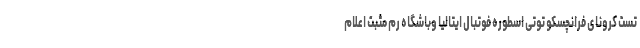
تست کرونای فرانچسکو توتی اسطوره فوتبال ایتالیا وباشگاه رم مثبت اعلام